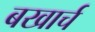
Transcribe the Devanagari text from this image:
बखार्च